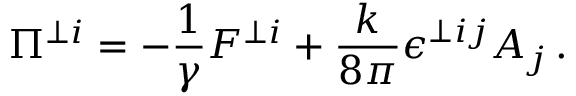
\Pi ^ { \perp i } = - \frac { 1 } { \gamma } F ^ { \perp i } + \frac { k } { 8 \pi } \epsilon ^ { \perp i j } A _ { j } \, .